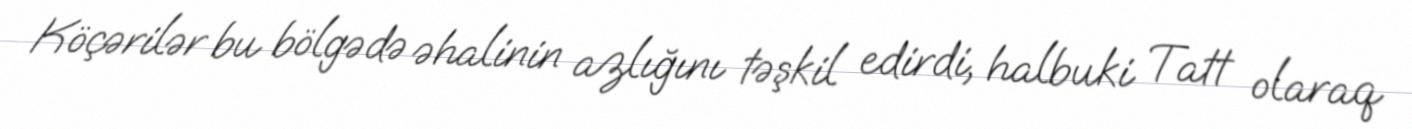
Köçərilər bu bölgədə əhalinin azlığını təşkil edirdi, halbuki Tatt olaraq